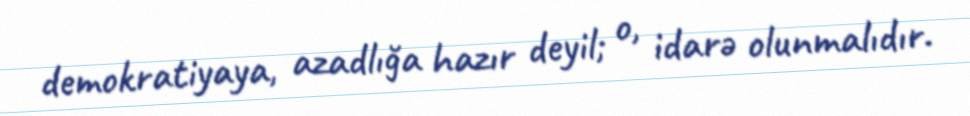
demokratiyaya, azadlığa hazır deyil; o, idarə olunmalıdır.